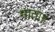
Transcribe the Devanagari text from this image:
माता॥